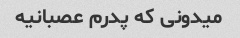
میدونی که پدرم عصبانیه